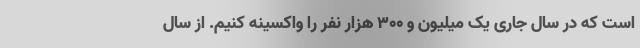
است که در سال جاری یک میلیون و ۳۰۰ هزار نفر را واکسینه کنیم. از سال